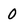
Character: 0